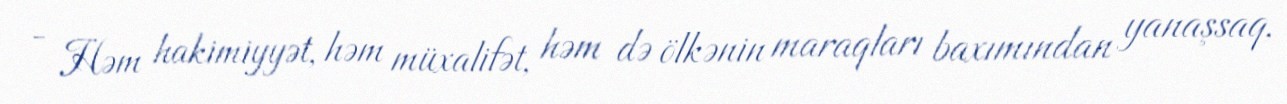
- Həm hakimiyyət, həm müxalifət, həm də ölkənin maraqları baxımından yanaşsaq,